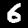
Label: 6